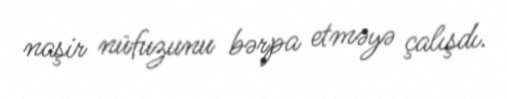
naşir nüfuzunu bərpa etməyə çalışdı.